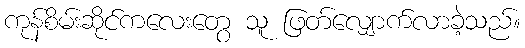
ကုန်စိမ်းဆိုင်ကလေးတွေ သူ ဖြတ်လျှောက်လာခဲ့သည်။